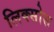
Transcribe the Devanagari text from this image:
लिक्सोस